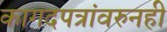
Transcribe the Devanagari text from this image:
कागदपत्रांवरुनही